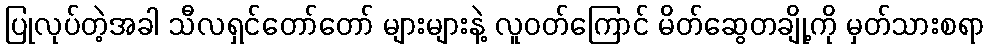
ပြုလုပ်တဲ့အခါ သီလရှင်တော်တော် များများနဲ့ လူဝတ်ကြောင် မိတ်ဆွေတချို့ကို မှတ်သားစရာ